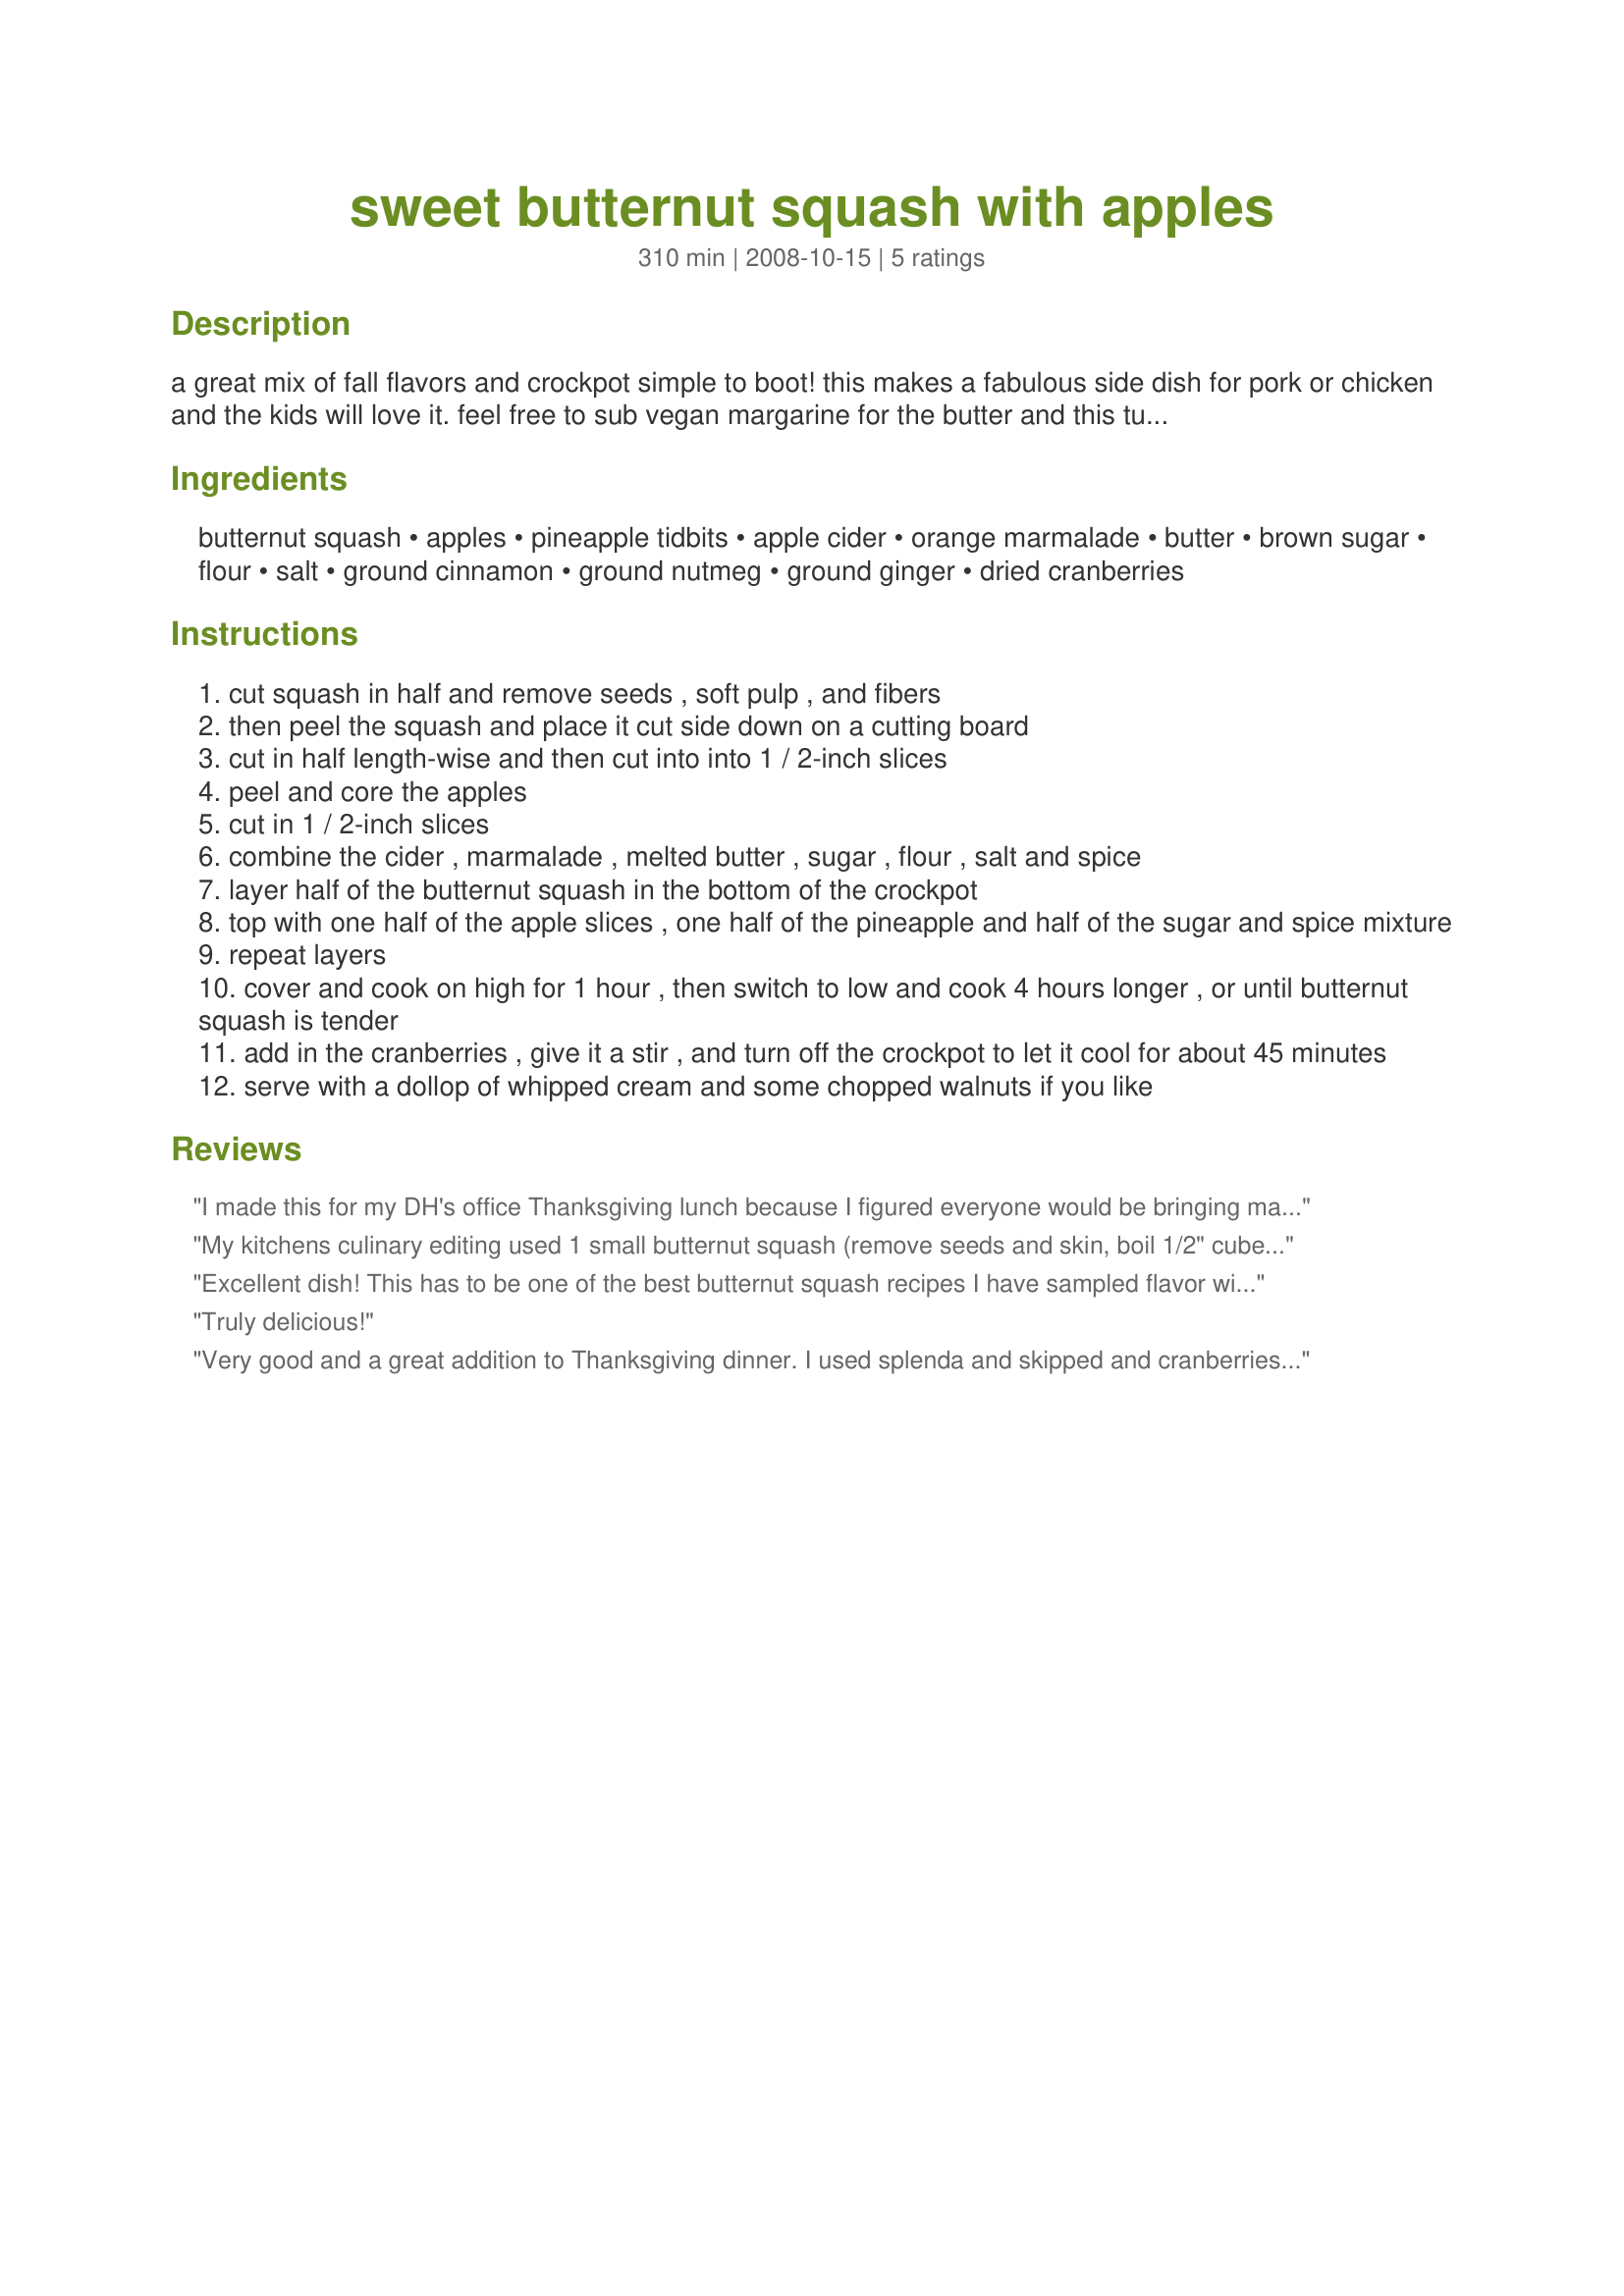
sweet butternut squash with apples
Preparation time: 310 minutes

a great mix of fall flavors and crockpot simple to boot! this makes a fabulous side dish for pork or chicken and the kids will love it. feel free to sub vegan margarine for the butter and this turns into a great vegan dish!!! this is best served warm, not hot. the cranberries add an amazing tart dimension to this dish and make it quite festive. perfect for thanksgiving, as it can cook all morning in the crockpot. . .so easy! for those of you who have a trader joes, they sell precut butternut squash!

Ingredients:
butternut squash, apples, pineapple tidbits, apple cider, orange marmalade, butter, brown sugar, flour, salt, ground cinnamon, ground nutmeg, ground ginger, dried cranberries

Steps:
cut squash in half and remove seeds , soft pulp , and fibers
then peel the squash and place it cut side down on a cutting board
cut in half length-wise and then cut into into 1 / 2-inch slices
peel and core the apples
cut in 1 / 2-inch slices
combine the cider , marmalade , melted butter , sugar , flour , salt and spice
layer half of the butternut squash in the bottom of the crockpot
top with one half of the apple slices , one half of the pineapple and half of the sugar and spice mixture
repeat layers
cover and cook on high for 1 hour , then switch to low and cook 4 hours longer , or until butternut squash is tender
add in the cranberries , give it a stir , and turn off the crockpot to let it cool for about 45 minutes
serve with a dollop of whipped cream and some chopped walnuts if you like

Reviews:
I made this for my DH's office Thanksgiving lunch because I figured everyone would be bringing mashed potatoes and green beans. We woke up this morning to the smell of apples, cinnamon and squash cooking away. I taste-tested it and it was delicious!! I hope he has leftovers tonight! It wasn't as sweet as I expected it to be, but that was a good thing! I added the cranberries and whole walnuts to the crock-pot this morning. I didn't try it with whipped cream, but I'm sure that would be delicious! Thanks for posting this. It was easy and tasty!
My kitchens culinary editing used 1 small butternut squash (remove seeds and skin, boil 1/2" cubes stovetop for 10 minutes until slightly tender). Remove liquid, stir in (and frequently thereafter) 1/2 cup fat free half & half, 1/4 cup spenda brown sugar, and 1 pealed and 1/2" cubed apple, return to simmer 5 minutes. Peel and cut 1 red pear into 1/2" cubes, cut 1 large seedless orange into 1/2" wedges, 1/3 cup dried cranberries and 1/3 cup spiced rum. I added the (fully ripe) pear, orange, cranberries and rum at one time returned to simmer 1 to 2 minutes, remove and transfer to a bowl. Slap yo' Momma good. Capt'n Morgan will want to trade some rum for this recipe.
Excellent dish! This has to be one of the best butternut squash recipes I have sampled flavor wise. I would prefer the texture be a bit firmer if served for a holiday meal, but this recipe's flavor deserves a place on that table. It is sweet, but the orange marmalade & nutmeg both add an unexpected element. My only confusion was whether to drain the pineapple (I did). Other than that the recipe is well crafted and provides clear instructions even on the size to chop. I appreciated that a lot! Thank you for a recipe I will use again! Made for Craze-E Crockpot Contest 08.
Truly delicious!
Very good and a great addition to Thanksgiving dinner. I used splenda and skipped and cranberries but otherwise made as directed for a very enjoyable dish. Thanks for sharing!
